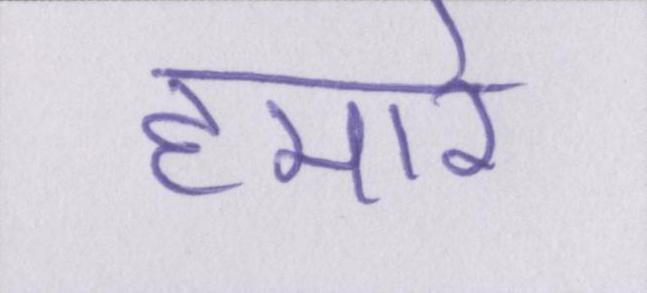
हमारे